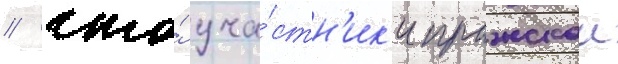
/ что́ уча́стн'ик'и пражскои